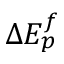
\Delta E _ { p } ^ { f }